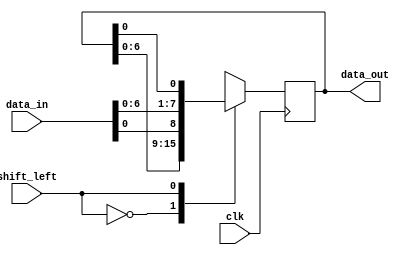
module shift_register (
    input wire clk,
    input wire shift_left,
    input wire [N-1:0] data_in,
    output wire [N-1:0] data_out
);

parameter N = 8; // Number of bits in the shift register

reg [N-1:0] register;

always @(posedge clk) begin
    case (shift_left)
        1'b0: register <= {register[N-2:0], data_in[0]}; // Shift right
        1'b1: register <= {data_in[N-2:0], register[0]}; // Shift left
    endcase
end

assign data_out = register;

endmodule